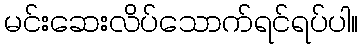
မင်းဆေးလိပ်သောက်ရင်ရပ်ပါ။